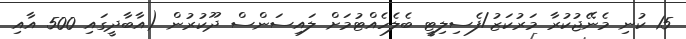
15 ކުނި މެނޭޖުކުރާ މަރުކަޒު/ފެސިލިޓީ ބެލެހެއްޓުމަށް ލައިސަންސް ދޫކުރުން (އާބާދީގައި 500 އާއި